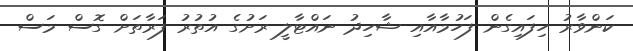
ކަންވާރު ހިފައިގެން ފަހުމާއާއި ޝާހިދު ނައްޓާލީ ރަށުގެ އުތުރު ފަރާތަށް ގޮސް މަސް